Annual administration report of the Civil Veterinary Department of India - 1898-1899
Year: 1898
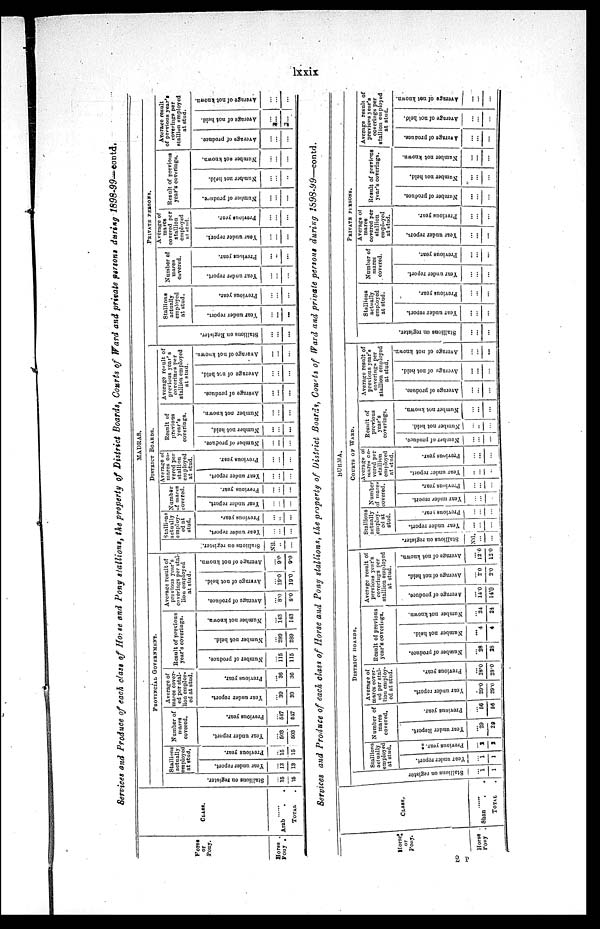
lxxix
Services and Produce of each class of Horse and Pony stallion, the property of District Boards, Courts of Ward and private persons, during 1898-99-contd.
Horse
or
Pony.
Horse .
Pony .
CLASS.
......
Arab
.
.
TOTAL
MADRAS.
PROVINCIAL GOVERNMENT.
Stallions on register.
...
15
15
Stallions
actually
employed
at stud.
Year under report.
...
13
13
Previous year.
...
15
15
Number of
mares
covered.
Year under report.
...
503
503
Previous year.
...
547
547
Average of
mares cover-
ed per stal-
lion employ-
ed at stud.
Year under report.
...
39
39
Previous year.
...
36
36
Result of previous
year's coverings.
Number of produce.
...
115
115
Number not held.
...
289
289
Number not known.
...
143
143
Average result of
previous year's
coverings per stal-
lion employed
at stud.
Average of produce.
...
8.0
8.0
Average of not hold.
...
19.0
19.0
Average of not known.
...
9.0
9.0
DISTRICT BOARDS.
Stallions on register.
Nil.
..
...
Stallions
actually
employ-
ed at
stud.
Year under report.
...
...
...
Previous year.
...
..
...
Number
of mares
covered.
Year under report.
...
...
...
Previous year.
...
...
...
Average of
marcs co-
vered per
stallion
employed
at stud.
Year under report.
...
...
...
Previous year.
...
...
...
Result of
previous
year's
coverings.
Number of produce.
...
...
...
Number not held.
...
...
...
Number not known.
...
...
...
Average result of
previous year's
coverings per
stallion employed
at stud.
Average of produce.
...
...
...
Average of not hold.
...
...
...
Average of not known.
...
...
...
PRIVATE PERSONS.
Stallions on register.
...
...
...
Stallions
actually
employed
at stud.
Year under report.
...
...
...
Previous year.
...
...
...
Number of
mares
covered.
Year under report.
...
...
...
Previous year.
...
...
...
Average or
mares
covered per
stallion
employed
at stud.
Year under report.
...
...
...
Previous year.
...
...
...
Result of previous
year's coverings.
Number of produce.
...
...
...
Number not held.
...
...
...
Number not known.
...
...
...
Average result
of provions year's
coverings per
stallion employed
at stud.
Average of produce.
...
...
...
Average of not hold.
...
...
...
Average of not known.
...
...
...
Services and Produce of each class of Horse and Pony stallions, the property of District Board, Courts of Ward and private persons during
l898-99-contd.
Horse
or
Pony.
Horse
Pony
CLASS.
....
Shan . .
TOTAL .
BURMA.
DISTRICT
BOARDS.
Stallions on register
... 1
1
Stallions
actually
employed
at stud.
Year under report.
... 1
1
Previous year.
... 2
2
Number of
mares
covered.
Year under Report.
...
29
29
Previous year.
...
56
56
Average of
mares cover-
ed per stal-
iou employ-
ed at stud.
Year under report.
...
29.0
29.0
Previous year.
...
28.0
28.0
Result of previous
year's coverings.
Number of produce.
...
28
28
Number not held.
...
4
4
Number not known.
...
24
24
Average result of
previous year's
coverings per
stallion employed
at stud.
Average
of produce.
...
14.0
14.0
Average of not held.
...
2.0
2.0
Average of not known.
... 12.0
12.0
COURT OF WARD.
Stallions
actually
employ-
ed at
stud.
Stallions
on register.
Year under report.
Nil....
... ...
Previous year.
...
...
...
Number
of mares
covered.
Year under report.
...
...
...
Previous year.
...
...
...
Average of
mares co-
vered per
stallion
employed
at stud.
Year under report.
...
...
...
Previous year.
...
...
...
Result of
previous
year's
coverings.
Number of produce.
...
...
...
Number not held.
...
...
...
Number not known.
...
...
...
Average result of
previous year's
coverings per
stallion cm ployed
at stud.
Average of produce.
...
...
...
Average of not held.
...
...
...
Average of not known
...
...
...
PRIVATE PERSONS.
St al l
i
ons on register.
...
...
...
Stallions
actually
employed
at stud.
Year under report.
...
...
...
Previous year.
...
...
...
Number of
mares
covered.
Year under report.
...
...
...
Previous year.
...
...
...
Average of
mares
covered per
stallion
employed
at stud.
Year under report.
...
...
...
Previous year.
...
...
...
Result of previous
year's coverings.
Number of produce.
...
...
...
Number not held.
...
...
...
Number not known.
...
...
...
Average result of
previous year's
coverings per
stallion employed
at stud.
Average of produce.
...
...
...
Average of not held.
...
...
...
Average of not known.
...
...
...
2 P